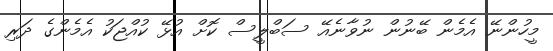
މީހުންނޭ އެމެން ބޭނުން ނުވާނެއޭ ސަބްލީސް ކޮށް އުޅޭ ކުއްޖަކު އެމެންގެ ދަރި